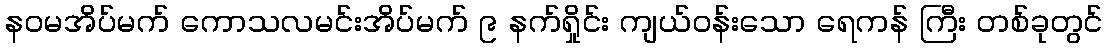
နဝမအိပ်မက် ကောသလမင်းအိပ်မက် ၉ နက်ရှိုင်း ကျယ်ဝန်းသော ရေကန် ကြီး တစ်ခုတွင်